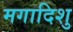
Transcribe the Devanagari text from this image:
मगादिशु